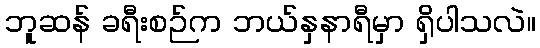
ဘူဆန် ခရီးစဉ်က ဘယ်နှနာရီမှာ ရှိပါသလဲ။